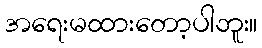
အရေးမထားတော့ပါဘူး။